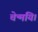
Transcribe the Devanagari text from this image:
चेन्मयि।